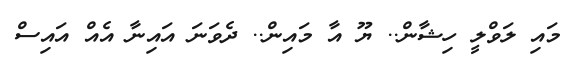
މައި ލަވްލީ ހިޝާން.. ޔޫ އާ މައިން.. ދެވަނަ އައިނާ އެއް އައިސް